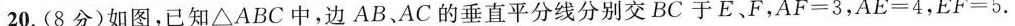
20.(8分)如图，已知△ABC中，边AB、AC的垂直平分线分别交BC于E、F，$$A F = 3$$，$$A E = 4$$，$$E F = 5$$.